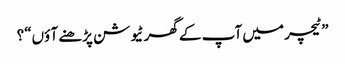
”ٹیچر میں آپ کے گھر ٹیو شن پڑھنے آ ؤں“؟